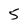
Character: 5